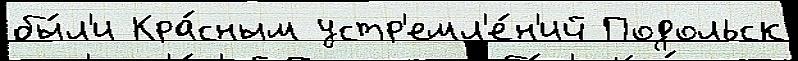
бы́л'и Кра́сным устр'емл'е́н'ий Подольск